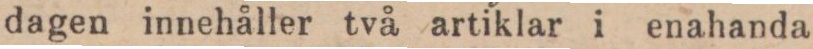
dagen innehåller två artiklar i enahanda